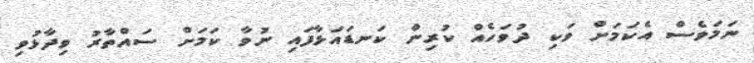
ނަމަވެސް އެކަމަށް ވަކި ދުވަހެއް ކުރިން ކަނޑައަޅާފައި ނުވާ ކަމަށް ސައްތާރު ވިދާޅުވި